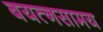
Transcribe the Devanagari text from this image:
बयत्नसामय